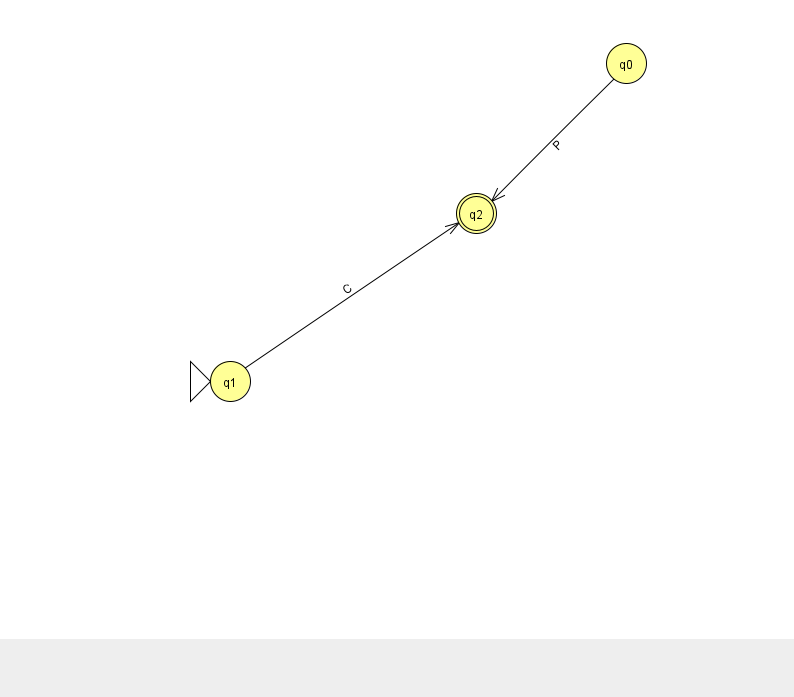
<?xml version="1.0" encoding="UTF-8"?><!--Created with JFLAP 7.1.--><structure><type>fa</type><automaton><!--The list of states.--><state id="0" name="q0"><x>626.0</x><y>50.0</y></state><state id="1" name="q1"><x>230.0</x><y>368.0</y><initial/></state><state id="2" name="q2"><x>476.0</x><y>200.0</y><final/></state><!--The list of transitions.--><transition><from>1</from><to>2</to><read>C</read></transition><transition><from>0</from><to>2</to><read>P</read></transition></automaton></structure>